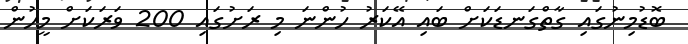
ބޮޑުމިނުގައި ގާތްގަނޑަކަށް ބައި އޭކަރު ހުންނަ މި ރަށުގައި 200 ވަރަކަށް މީހުން